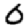
Digit: 0